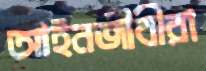
আইনজীবীরা